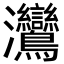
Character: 𬉳